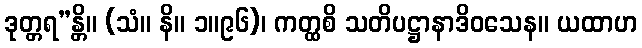
ဒုတ္တရ”န္တိ။ (သံ။ နိ။ ၁။၉၆)၊ ကတ္ထစိ သတိပဋ္ဌာနာဒိဝသေန။ ယထာဟ